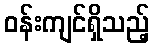
ဝန်းကျင်ရှိသည့်